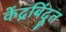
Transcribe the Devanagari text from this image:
केंद्रबिंदूत